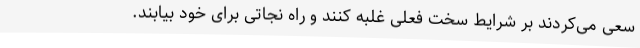
سعی می‌کردند بر شرایط سخت فعلی غلبه کنند و راه نجاتی برای خود بیابند.